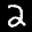
Label: 2